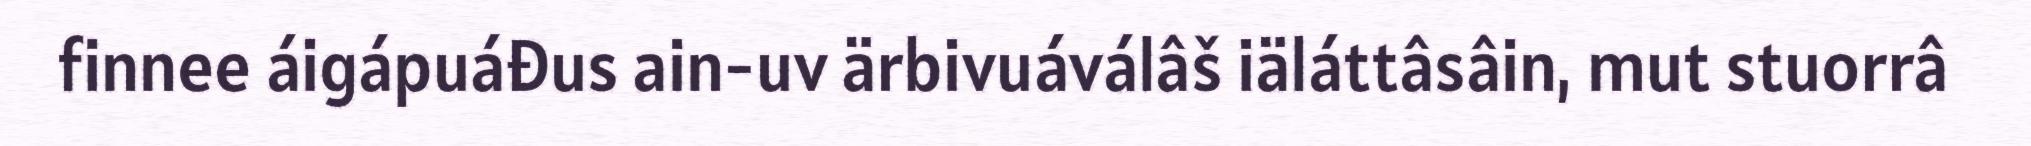
finnee áigápuáđus ain-uv ärbivuáválâš iäláttâsâin, mut stuorrâ